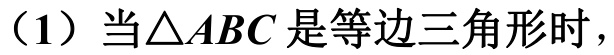
（1）当\(\triangle ABC\) 是等边三角形时，